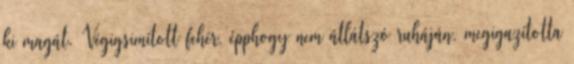
ki magát. Végigsimított fehér, épphogy nem átlátszó ruháján, megigazította